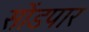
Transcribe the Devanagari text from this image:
सोंडपार